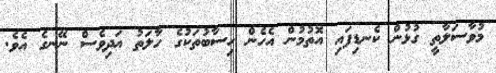
މުވާސަލާތީ ގުޅުން ކެނޑިފައި އޮތުމުން އެހެން ހިސާބުތަކުގެ ހާލަތު އަދިވެސް ނޭނގެ އެވެ.